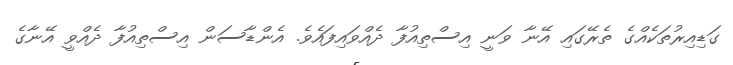
ގަޑިއިރުތަކެއްގެ ތެރޭގައި އޭނާ ވަނީ އިސްތިއުފާ ދެއްވައިފައެވެ. އެންޑާސަން އިސްތިއުފާ ދެއްވީ އޭނާގެ